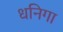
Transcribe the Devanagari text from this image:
धनिगा